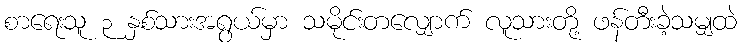
စာရေးသူ ၃ နှစ်သားအရွယ်မှာ သမိုင်းတလျှောက် လူသားတို့ ဖန်တီးခဲ့သမျှထဲ